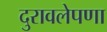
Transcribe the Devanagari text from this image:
दुरावलेपणा